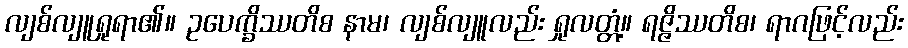
လျစ်လျူရှုရာ၏။ ဥပေက္ခိဿတိစ နာမ၊ လျစ်လျူလည်း ရှုလတ္တံ့။ ရဇ္ဇိဿတိစ၊ ရာဂဖြင့်လည်း